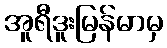
အူရီဒူးမြန်မာမှ